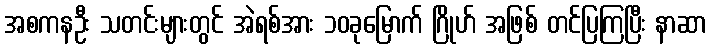
အစကနဦး သတင်းများတွင် အဲရစ်အား ၁၀ခုမြောက် ဂြိုဟ် အဖြစ် တင်ပြကြပြီး နာဆာ